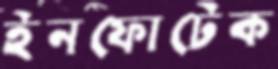
ইনফোটেক